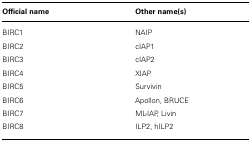
<table><thead><tr><td><b>Official name</b></td><td><b>Other name(s)</b></td></tr></thead><tbody><tr><td>BIRC1</td><td>NAIP</td></tr><tr><td>BIRC2</td><td>cIAP1</td></tr><tr><td>BIRC3</td><td>cIAP2</td></tr><tr><td>BIRC4</td><td>XIAP</td></tr><tr><td>BIRC5</td><td>Survivin</td></tr><tr><td>BIRC6</td><td>Apollon, BRUCE</td></tr><tr><td>BIRC7</td><td>ML-IAP, Livin</td></tr><tr><td>BIRC8</td><td>ILP2, hILP2</td></tr></tbody></table>